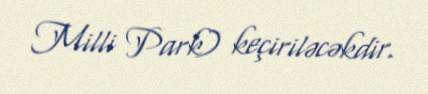
Milli Park) keçiriləcəkdir.